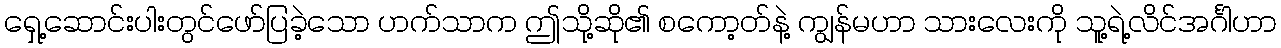
ရှေ့ဆောင်းပါးတွင်ဖော်ပြခဲ့သော ဟက်သာက ဤသို့ဆို၏ စကော့တ်နဲ့ ကျွန်မဟာ သားလေးကို သူ့ရဲ့လိင်အင်္ဂါဟာ